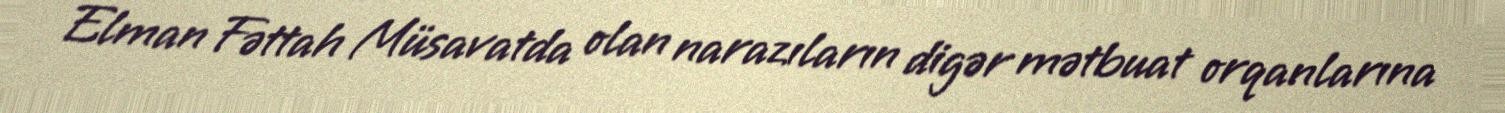
Elman Fəttah Müsavatda olan narazıların digər mətbuat orqanlarına